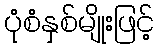
ပုံစံနှစ်မျိုးဖြင့်